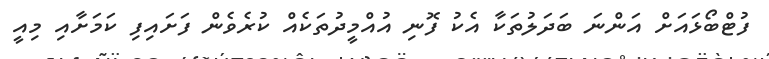
ފުޓްބޯޅައަށް އަންނަ ބަދަލުތަކާ އެކު ފޮނި އުއްމީދުތަކެއް ކުރެވެން ފަށައިފި ކަމަށާއި މިއީ